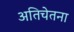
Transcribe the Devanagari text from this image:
अतिचेतना